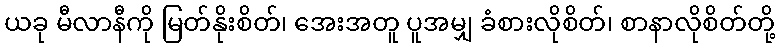
ယခု မီလာနီကို မြတ်နိုးစိတ်၊ အေးအတူ ပူအမျှ ခံစားလိုစိတ်၊ စာနာလိုစိတ်တို့